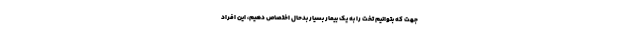
جهت که بتوانیم تخت را به یک بیمار بسیار بدحال اختصاص دهیم، این افراد